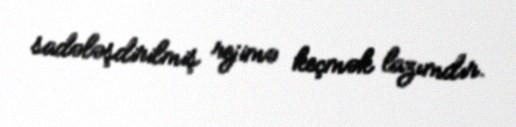
sadələşdirilmiş rejimə keçmək lazımdır.